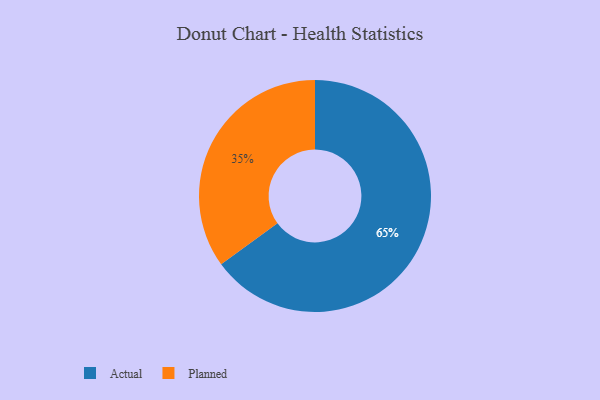
{"axis": {"x": "Category", "y": "Percentage"}, "legend": ["Actual", "Planned"], "data": [{"x": "Actual", "y": 65, "type": "Actual"}, {"x": "Planned", "y": 35, "type": "Planned"}]}